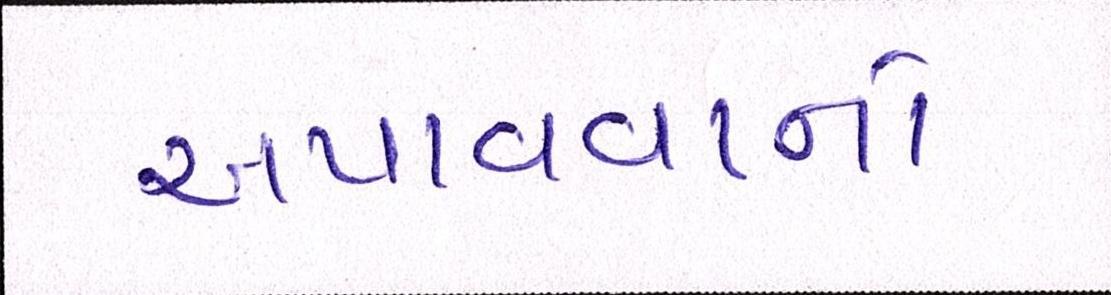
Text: અપાવવાનો